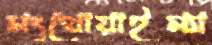
মংথোয়াইম্যা